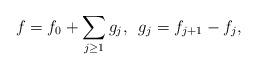
LaTeX: \begin{align*}f=f_0+\sum_{j\geq 1}g_j, \,\,\,g_j=f_{j+1}-f_{j},\end{align*}